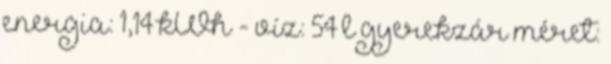
energia: 1,14 kWh - víz: 54 l gyerekzár méret: